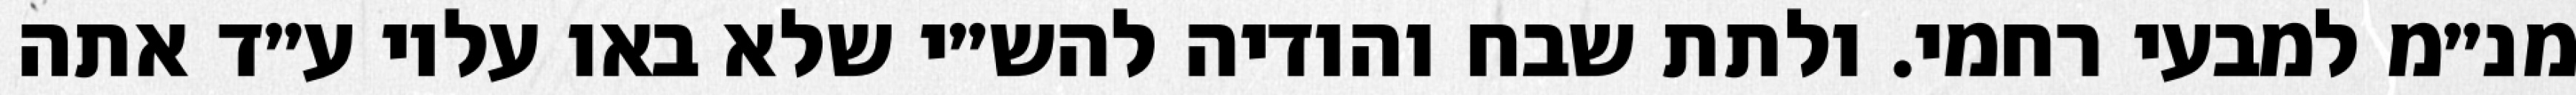
מנ״מ למבעי רחמי. ולתת שבח והודיה להש״י שלא באו עליו ע״ד אתה